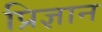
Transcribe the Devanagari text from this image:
प्रिज्ञान